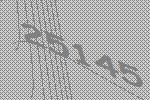
25145